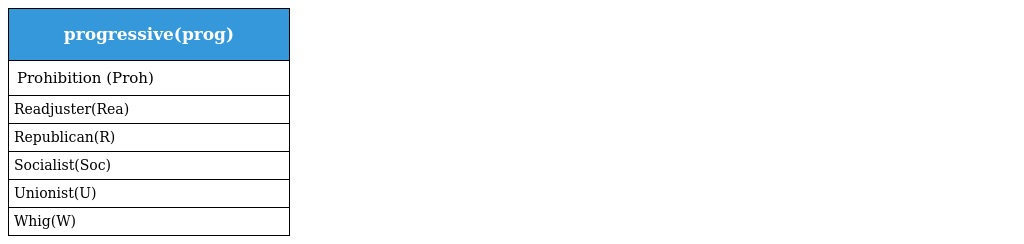
| progressive(prog) |
 | --- |
 | Prohibition (Proh) |
 | Readjuster(Rea) |
 | Republican(R) |
 | Socialist(Soc) |
 | Unionist(U) |
 | Whig(W) |